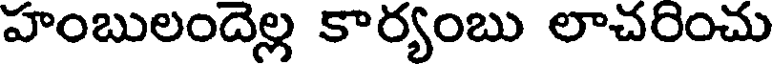
హంబులందెల్ల కార్యంబు లాచరించు